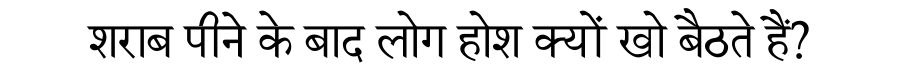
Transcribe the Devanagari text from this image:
शराब पीने के बाद लोग होश क्यों खो बैठते हैं?